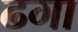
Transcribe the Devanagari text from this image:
ढगा